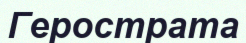
Герострата